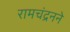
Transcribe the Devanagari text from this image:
रामचंद्रनने